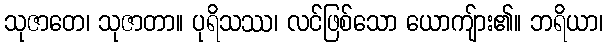
သုဇာတေ၊ သုဇာတာ။ ပုရိသဿ၊ လင်ဖြစ်သော ယောကျ်ား၏။ ဘရိယာ၊